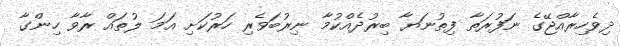
ދިވެެހިރާއްޖޭގެ ނަފުރަތާ ފިތުނަޔާ ބިރުދެއްކުމާ ނިރުބަވެރި ހަރުކަށި އަމަ ލުތައް ރާވާ ހިންގާ